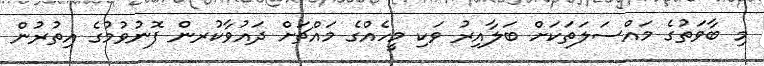
މި ބާވަތުގެ މައްސަލަތަކަށް ބަލާއިރު ވަކި މީހެއްގެ މައްޗަށް ދައުވާކުރން ފޮނުވުމުގެ އިތުރުން